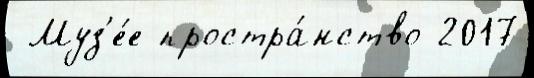
 Муз'е́е простра́нство 2017